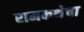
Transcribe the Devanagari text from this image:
रामकथेचा